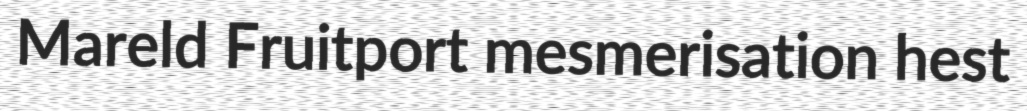
Mareld Fruitport mesmerisation hest